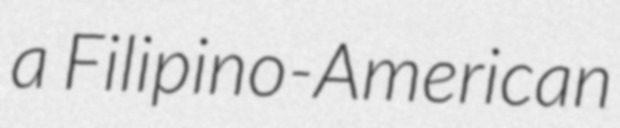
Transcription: a Filipino-American